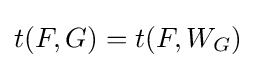
t(F,G)=t(F,W_{G})